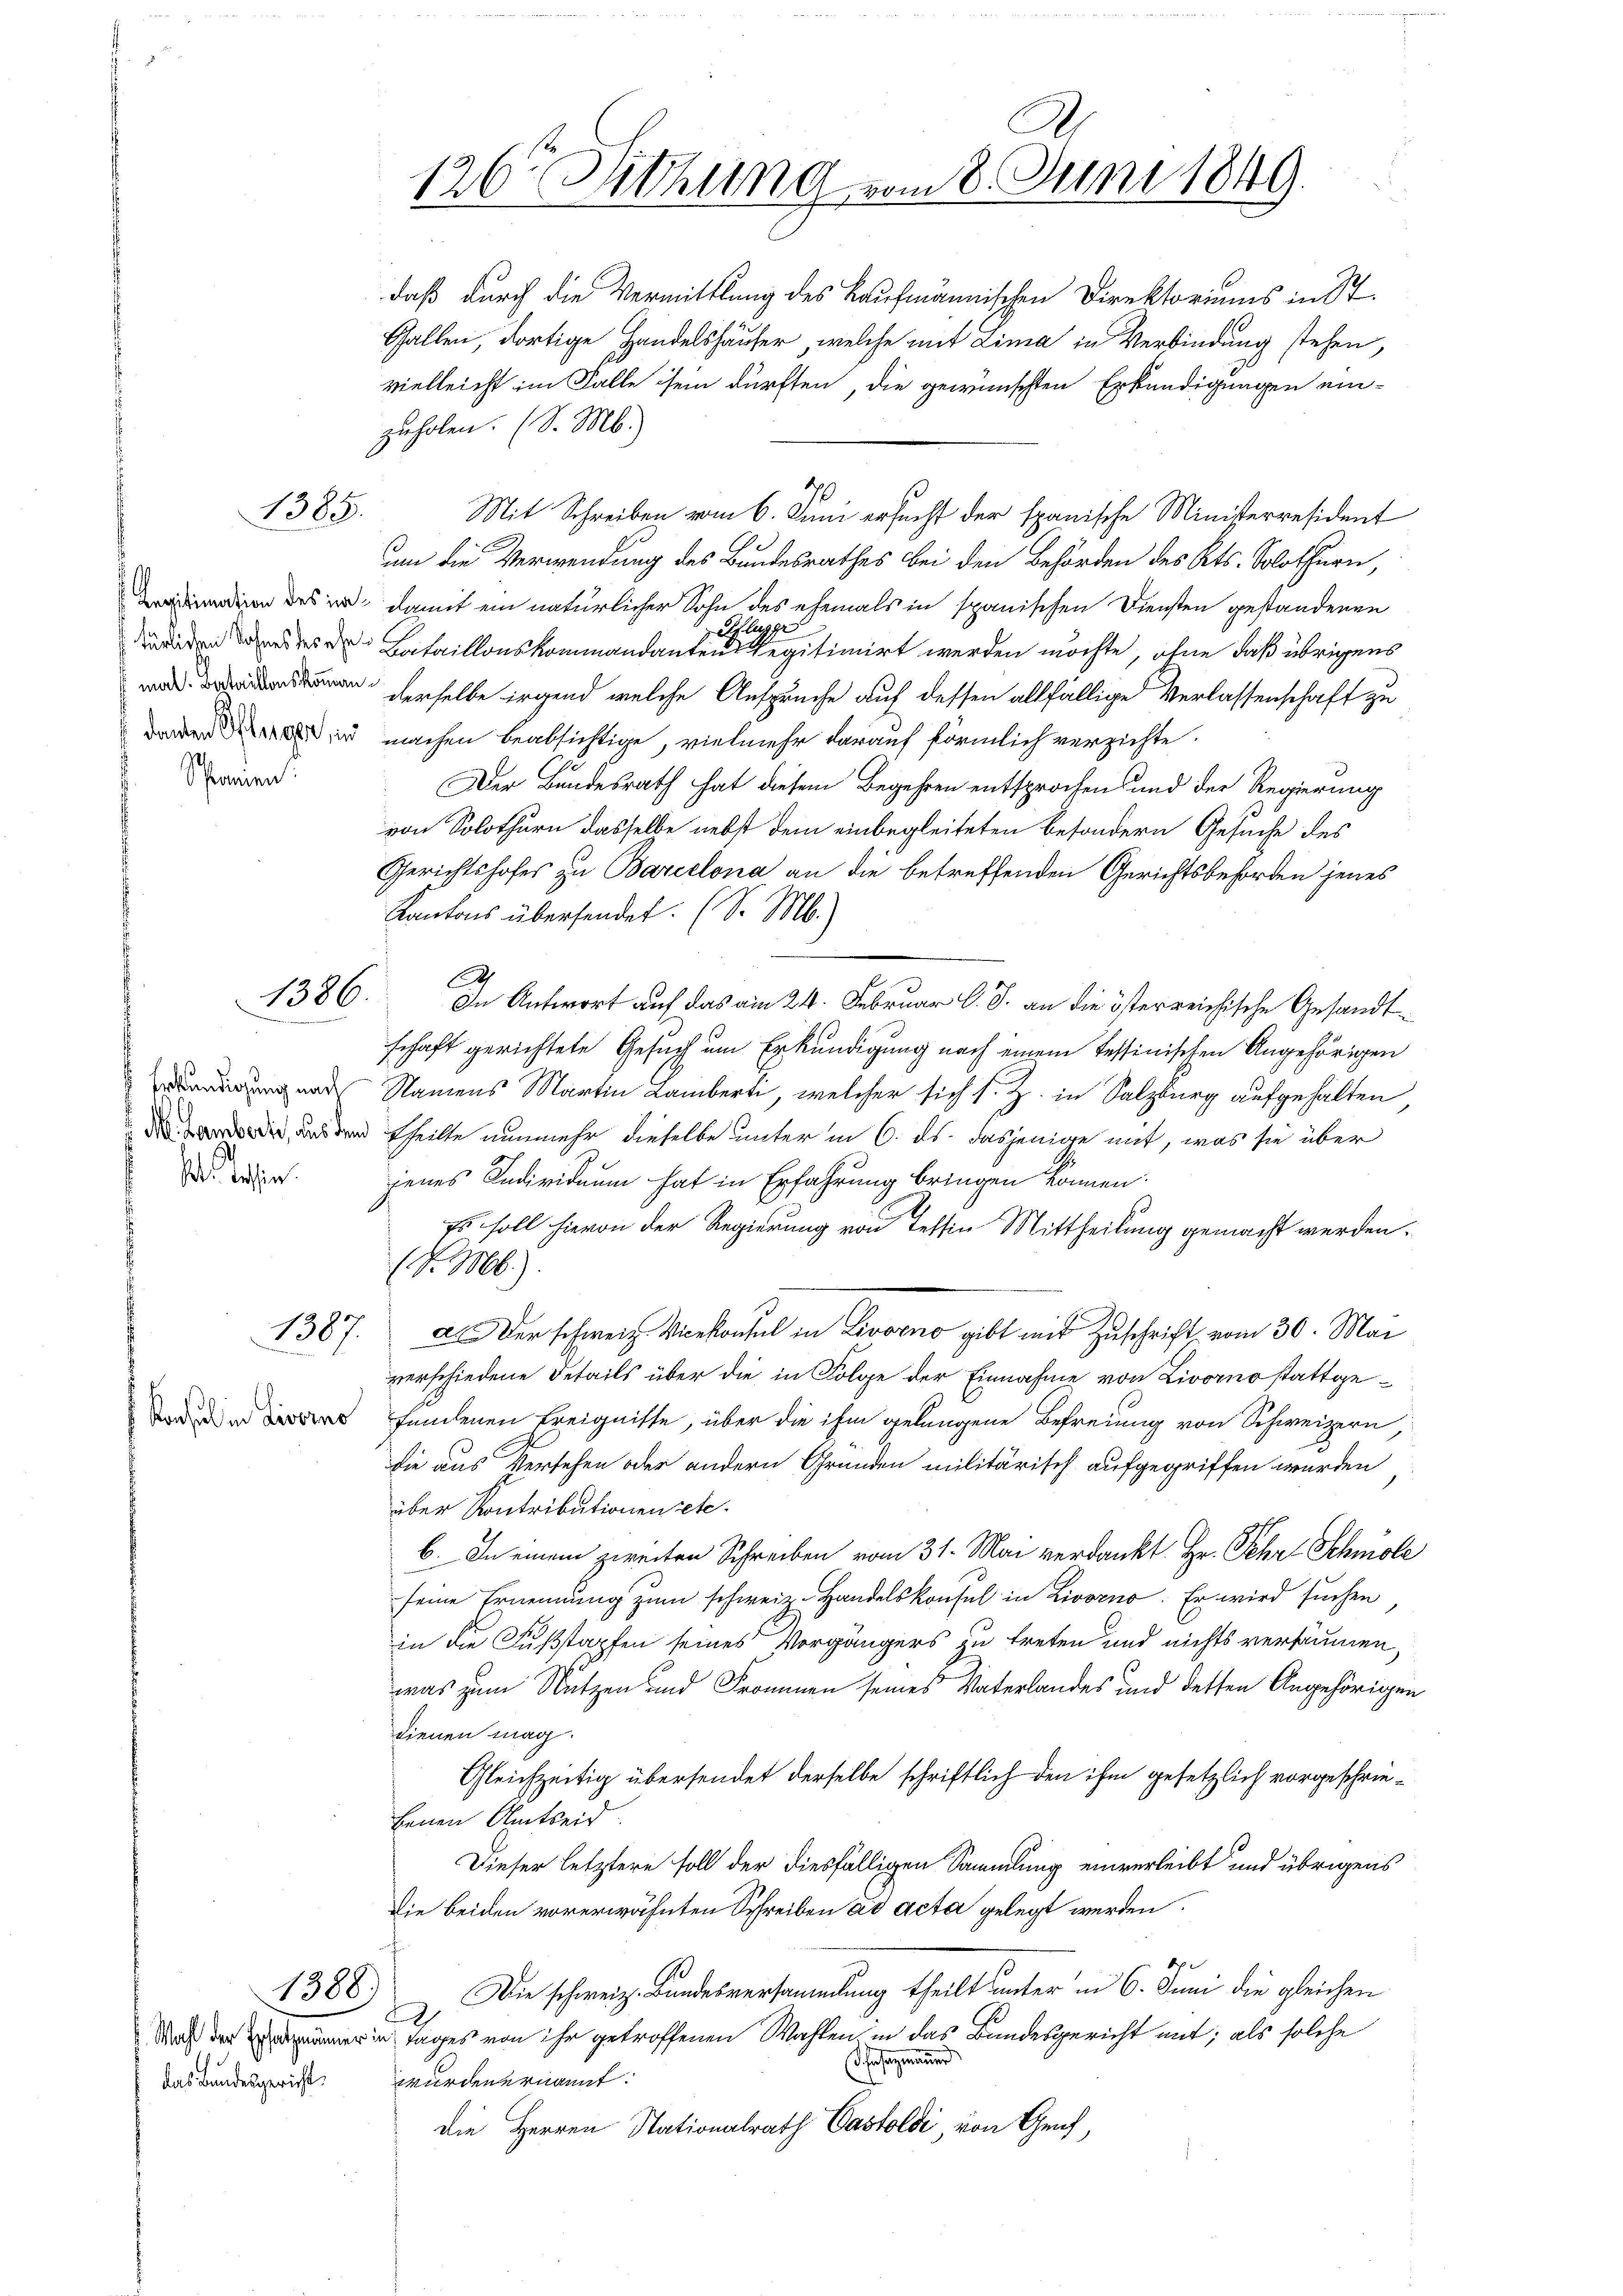
h

1385.

Legitimation des in
türlichen Sohnes des ehe
mal. Bataillonskommen.
f denen Pflegen, in

Erkundigung nach
M. Lamberti, aus dem
M. lassen.

1387.

Konsul in Livorno

e

1386.

das Bundesgericht.

gef

1388.

126 Zuthung vom 8. Juni 1849.

daß durch die Vermittlung des Kaufmännischen Direktoriums in St
Gallen, dortige Handelshäuser, welche mit Lima in Verbindung stehen,
vielleicht im Falle sei dürften, die gewünschten Erkundigungen ein-
zuholen. (S. M.)
um die Verwendung des Bundesrathes bei den Behörden des Kts. Solothurn,
 damit ein natürlicher Sohn des ehemals in spanischen Diensten gestandenen
192
l
 Bataillonskommandanten Regitimirt werden möchte, ohne daß übrigens
derselbe irgend welche Ansprüche auf dessen allfällige Verlassenschaft zu
machen beabsichtige, vielmehr darauf förmlich verzichte.
Der Bundesrath hat diesem Begehren entsprochen und der Regierung
von Solothurn dasselbe nebst dem einbegleiteten besondern Gesuche des
Gerichtshofes zu Barcelona an die betreffenden Gerichtsbehörden jenes
Kantons übersendet. (S. M.)
A
In Antwort auf das am 24. Februar l. J. an die österreichische Gesandtschaft gerichtete Gesuch um Erkundigung nach einem Tessinischen Angehörigen
Namens Martin Lamberti, welcher sich s. Z. in Salzburg aufgehalten
 theilte nunmehr dieselbe unter in 6. ds. dasjenige mit, was sie über
jenes Individuum hat in Erfahrung bringen können.
Es soll hievon der Regierung von Tessin Mittheilung gemacht werden.
(S. 66).
Der schweiz. Vicekonsul in Livorno gibt mit Zuschrift vom 30. Mai
verschiedene Details über die in Folge der Einnahme von Livorno stattgefundenen Ereignisse, über die ihm gelangene Befreiung von Schweizern,
die aus Versehen oder andern Gründen militärisch aufgegriffen werden
über Kontributionen zete.
b. In einem zweiten Schreiben vom 31. Mai verdankt Hr. Fehr Schmole
seine Ernennung zum schweiz. Handelskonsul in Livorno. Er wird suchen
in die Fußstapfen seines Vorgängers zu treten und nichts versäumen,
was zum Nutzen und Frommen seines Vaterlandes und detten Angehörigen
dienen mag.
Gleichzeitig übersendet derselbe schriftlich den ihm gesetzlich vorgeschriebenen Amtseid.
Dieser letztere soll der diesfälligen Sammlung einverleibt und übrigens
Die beiden vorerwähnten Schreiben des acta gelegt werden.
Die schweiz. Bundesversammlung theilt unter in 6. Juni die gleichen
2
Wer in Tages von ihr getroffenen Wahlen, in das Bandesgericht ant; als solche
sagmanner
wurden ernannt:
die Herren Stationalrath Pastoldi von Genf,

Mit Schreiben vom 6. Juni ersucht der spanische Ministerresident